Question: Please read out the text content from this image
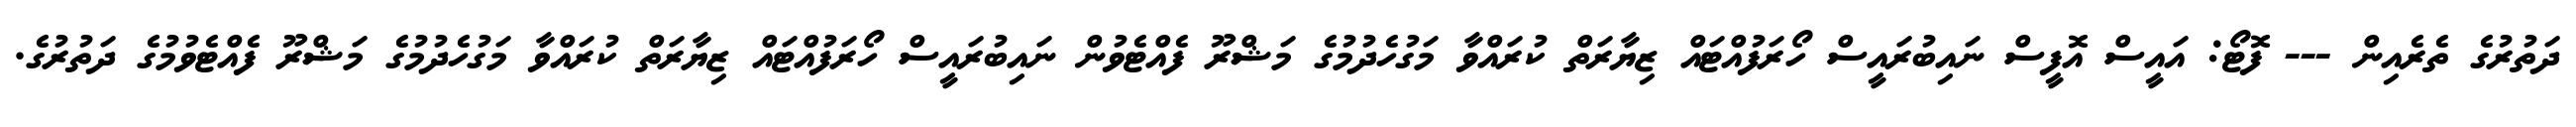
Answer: ދަތުރުގެ ތެރެއިން --- ފޮޓޯ: އައީސް އޮފީސް ނައިބުރައީސް ހޯރަފުއްޓައް ޒިޔާރަތް ކުރައްވާ މަގުހެދުމުގެ މަޝްރޫ ފެއްޓެވުން ނައިބުރައީސް ހޯރަފުއްޓައް ޒިޔާރަތް ކުރައްވާ މަގުހެދުމުގެ މަޝްރޫ ފެއްޓެވުމުގެ ދަތުރުގެ.